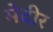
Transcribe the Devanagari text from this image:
मेदीर